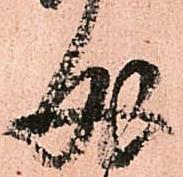
成